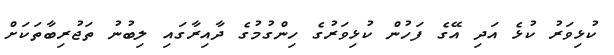
ކުޅިވަރު ކުޅެ އަދި އޭގެ ފަހުން ކުޅިވަރުގެ ހިންގުމުގެ ދާއިރާގައި ލިބުނު ތަޖުރިބާތަކަށް